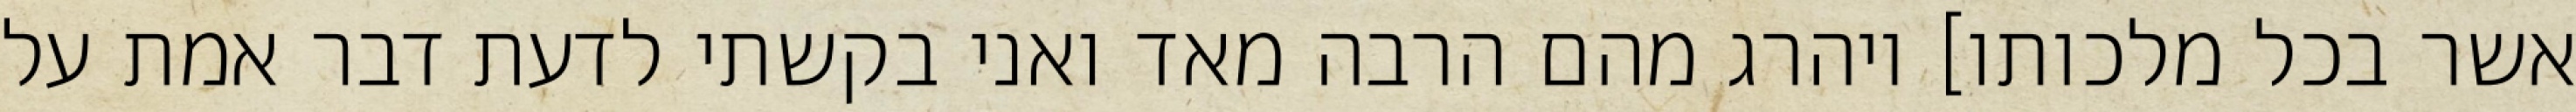
אשר בכל מלכותו] ויהרג מהם הרבה מאד ואני בקשתי לדעת דבר אמת על